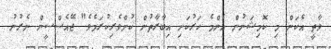
ވާތީ އެކަން މި ކޮމިޝަނުން އެންމެ ހަރުކަށި އިބާރާތުން ކުށްވެރިކުރަމެވެ" ޖޭއެސްސީން ނެރުނު